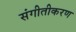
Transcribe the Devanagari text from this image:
संगीतीकरण